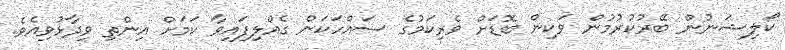
ކޯލިޝަނުން ބޭރުކުރުމުން ވަކިން ބޮޑަށް ވެރިކަމުގެ ސައްހަކަން ގެއްލިފައިވާ ކަމަށް އިންތި ވިދާޅުވިއެވެ.